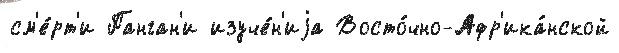
см'е́рт'и Панган'и изуче́н'иjа Восто́чно-Афр'ика́нской